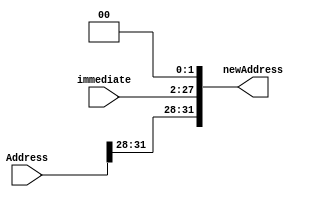
`timescale 1ns / 1ps
//////////////////////////////////////////////////////////////////////////////////
// Company: 
// Engineer: 
// 
// Design Name: 
// Module Name: PCj
// Project Name: 
// Target Devices: 
// Tool Versions: 
// Description: 
// 
// Dependencies: 
// 
// Revision:
// Revision 0.01 - File Created
// Additional Comments:
// 
//////////////////////////////////////////////////////////////////////////////////


module PCj(
    input [31:0] Address,
    input [25:0] immediate,
    output reg [31:0] newAddress
    );
    reg [27:0] temp;
    
    always @(immediate or Address) begin
        temp = immediate << 2;
        newAddress = {Address[31:28], temp[27:0]};
    end
    
endmodule